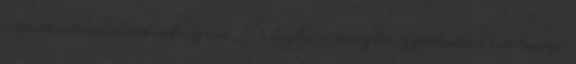
autoriter társadalmak sokaságává. És közben a térségben egyetlenként értelmiségi